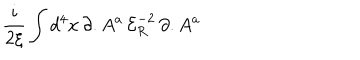
\frac { i } { 2 \xi } \int d ^ { 4 } x \, \partial . A ^ { a } \, { \mathcal { E } } _ { R } ^ { - 2 } \, \partial . A ^ { a }